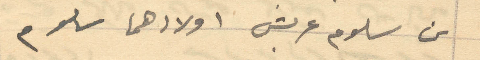
بن سلوم عربش اولادهما سلوم